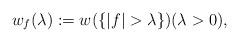
LaTeX: \begin{align*} w_f (\lambda ) := w (\{ |f| >\lambda \} ) (\lambda >0 ) ,\end{align*}